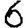
Digit: 6